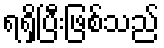
ရရှိပြီးဖြစ်သည်